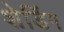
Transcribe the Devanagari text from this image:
शेडिंग